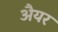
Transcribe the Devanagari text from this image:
अैयर